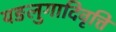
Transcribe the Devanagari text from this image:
यङलुगादिवृत्ति